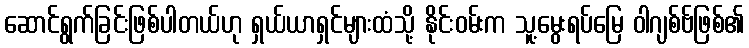
ဆောင်ရွက်ခြင်းဖြစ်ပါတယ်ဟု ရှယ်ယာရှင်များထံသို့ နိုင်းဝမ်းက သူ့မွေးရပ်မြေ ဝါဂျစ်ဗ်ဖြစ်၏